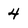
Character: 4